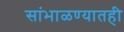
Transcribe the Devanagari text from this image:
सांभाळण्यातही